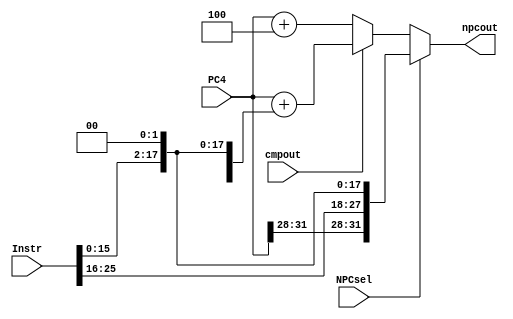
`timescale 1ns / 1ps
//////////////////////////////////////////////////////////////////////////////////
// Company: 
// Engineer: 
// 
// Design Name: 
// Module Name:    npc 
// Project Name: 
// Target Devices: 
// Tool versions: 
// Description: 
//
// Dependencies: 
//
// Revision: 
// Revision 0.01 - File Created
// Additional Comments: 
//
//////////////////////////////////////////////////////////////////////////////////
module npc(
    input [31:0] Instr,
    input [31:0] PC4,
    input NPCsel,
	 input cmpout,
    output [31:0] npcout
    );
	 
	 assign npcout = (NPCsel==1)? {{PC4[31:28]},Instr[25:0],2'b00}:
						  (cmpout==1)?	(PC4 + {{14{Instr[15]}},Instr[15:0],2'b00}):
											(PC4+4);//beq


endmodule